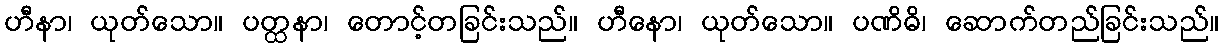
ဟီနာ၊ ယုတ်သော။ ပတ္ထနာ၊ တောင့်တခြင်းသည်။ ဟီနော၊ ယုတ်သော။ ပဏိဓိ၊ ဆောက်တည်ခြင်းသည်။